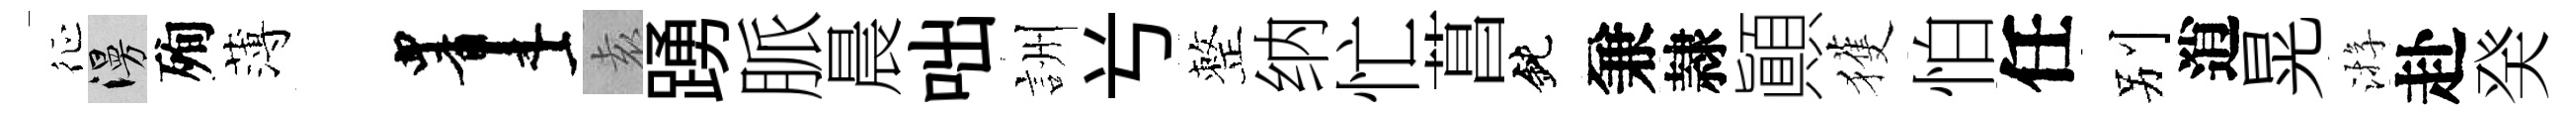
征漫殉薄画𡊮踴脈晨咄詶𠔃整纳忙菖鈍兼隷顚獲怕任别逍晃㳺赴癸